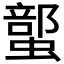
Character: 𲀇